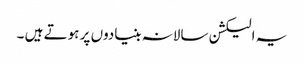
یہ الیکشن سالانہ بنیادوں پر ہوتے ہیں ۔